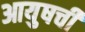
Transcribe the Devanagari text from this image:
आयुषची